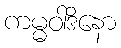
ကမ္မဝါဒိနော